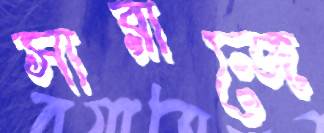
সারাজে